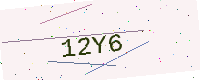
Text: 12Y6